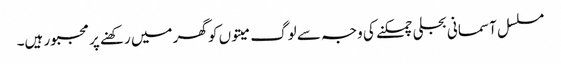
مسلسل آسمانی بجلی چمکنے کی وجہ سے لوگ میتوں کو گھر میں رکھنے پر مجبور ہیں۔